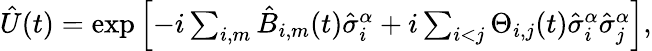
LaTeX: \begin{array}{r}{\hat{U}(t)=\exp\left[-i\sum_{i,m}\hat{B}_{i,m}(t)\hat{\sigma}_{i}^{\alpha}+i\sum_{i<j}\Theta_{i,j}(t)\hat{\sigma}_{i}^{\alpha}\hat{\sigma}_{j}^{\alpha}\right],}\end{array}